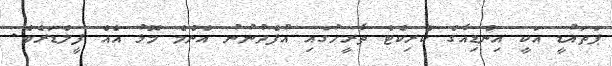
ޕަތައުޑީ އަކީ އިންޑިއާގެ ކްރިކެޓް ތާރީހުގައި އުފެދުނުނު އެންމެ މޮޅު އެއް ފީލްޑަރެވެ.